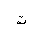
Letter: _ta